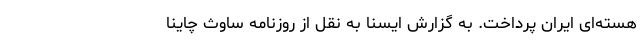
هسته‌ای ایران پرداخت. به گزارش ایسنا به نقل از روزنامه ساوث چاینا